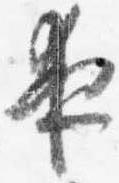
夜